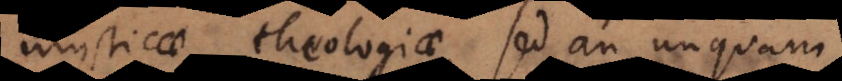
mysticae theologiae, sed an unquam